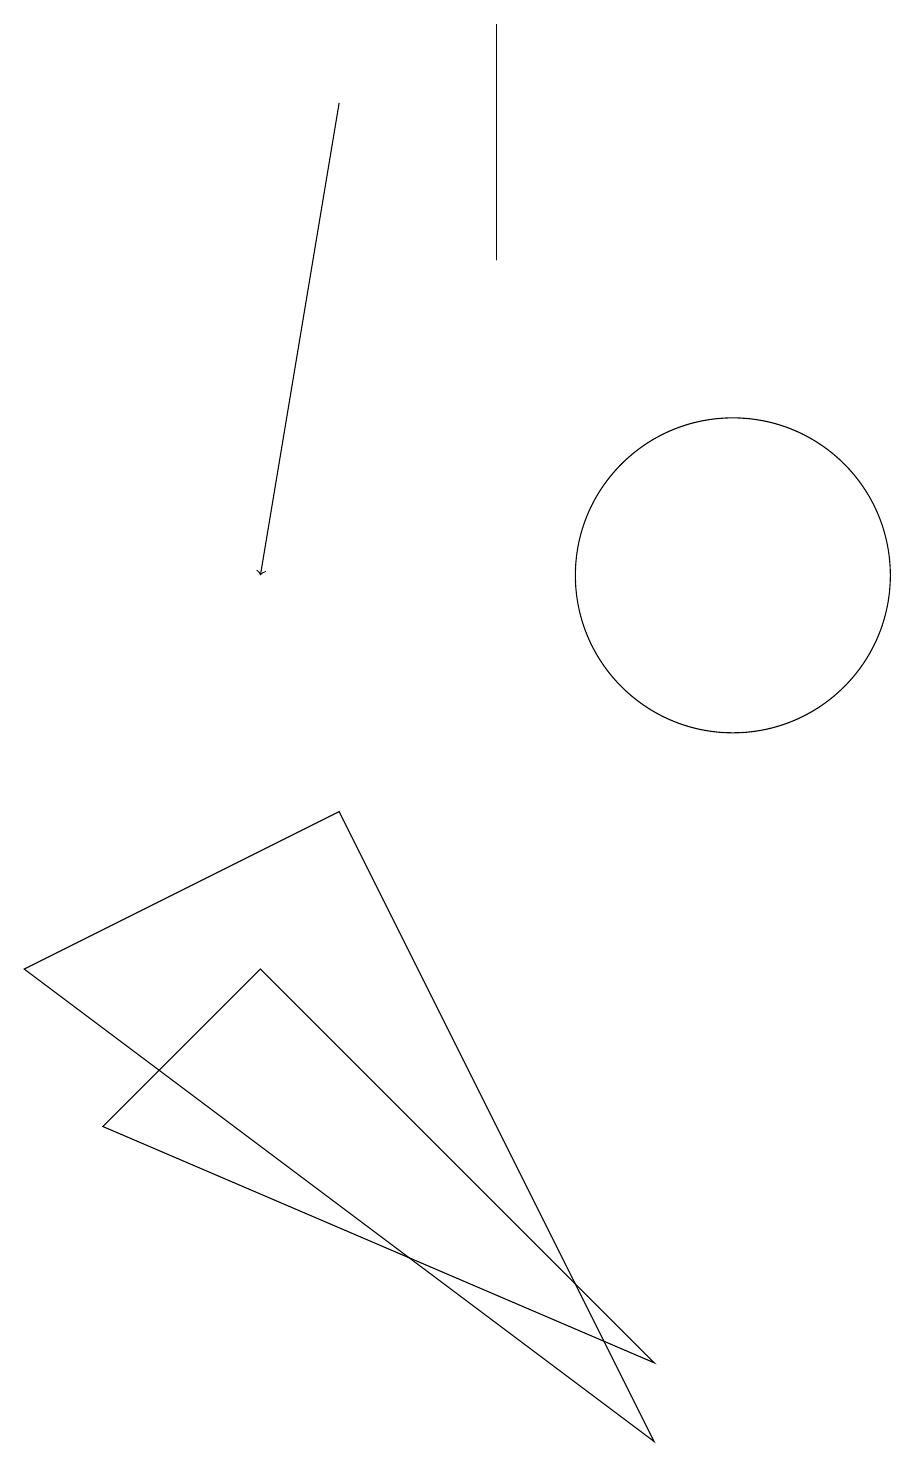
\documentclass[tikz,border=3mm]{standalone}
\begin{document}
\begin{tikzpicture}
\draw (10,11) circle (2);
\draw[->] (5,17) -- (4,11);
\draw (1,6) -- (5,8) -- (9,0) -- cycle;
\draw (7,15) rectangle (7,18);
\draw (9,1) -- (2,4) -- (4,6) -- cycle;
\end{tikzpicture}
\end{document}